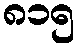
၈၁၅